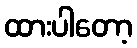
ထားပါတော့